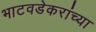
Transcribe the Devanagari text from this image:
भाटवडेकरांच्या